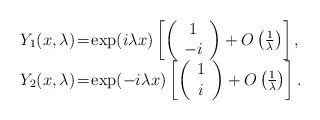
LaTeX: \begin{align*}\begin{array}{l}Y_1(x,\lambda)\!=\!\exp(i\lambda x)\left[\left(\begin{array}{c}1\\-i\end{array}\right)+O\left(\frac{1}{\lambda}\right)\right],\\Y_2(x,\lambda)\!=\!\exp(-i\lambda x)\left[\left(\begin{array}{c}1\\i\end{array}\right)+O\left(\frac{1}{\lambda}\right)\right].\end{array}\end{align*}